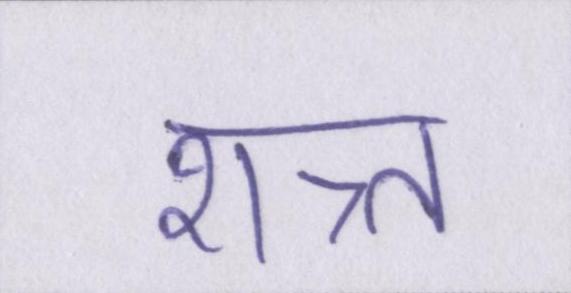
शत्र्त